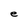
Character: e